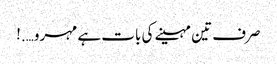
صرف تین مہینے کی بات ہے مہرو….!